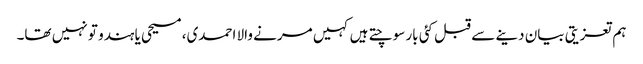
ہم تعزیتی بیان دینے سے قبل کئی بار سوچتے ہیں کہیں مرنے والا احمدی، مسیحی یا ہندو تو نہیں تھا۔